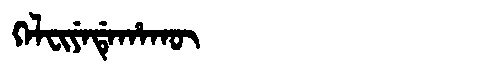
Manchu: ᡴᡝᠯᠸᡳᠶᡝᡩᡝᡥᠠᡴᡡ
Romanization: KELFIYEDEHAKŪ